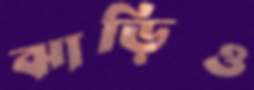
ঝাড়িও